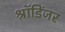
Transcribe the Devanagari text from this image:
श्रॉडिंजर